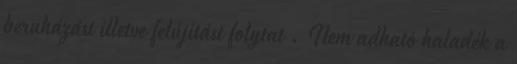
beruházást illetve felújítást folytat . Nem adható haladék a